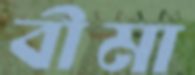
বীমা